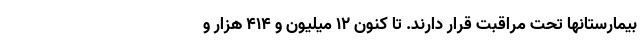
بیمارستانها تحت مراقبت قرار دارند. تا کنون ۱۲ میلیون و ۴۱۴ هزار و